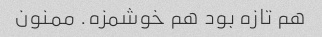
هم تازه بود هم خوشمزه. ممنون